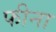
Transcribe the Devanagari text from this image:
फीना